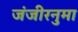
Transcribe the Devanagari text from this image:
जंजीरनुमा